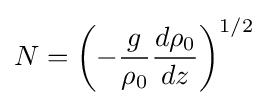
N=\left(-{\frac {g}{\rho _{0}}}{\frac {d\rho _{0}}{dz}}\right)^{1/2}